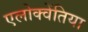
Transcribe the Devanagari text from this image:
एलोक्वेंतिया